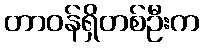
တာဝန်ရှိတစ်ဦးက